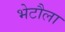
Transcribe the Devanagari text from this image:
भेटौला